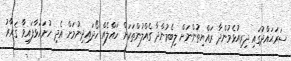
ސަރަޙައްދުގައި ދިރިއުޅެމުންދާ ރައްޔިތުންނަށް ލިބެމުންދާ ގެއްލުންތަކަށް ހައްލެއް ހޯދައިދިނުމަށް އެދި ހުށަހަޅާފައިވާ ޤަރާރު